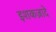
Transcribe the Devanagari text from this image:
इशकज़ादे